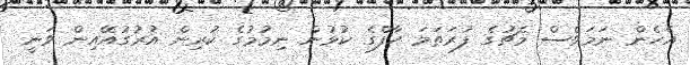
އެހެން ނަމަވެސް މެޗުގެ ފުރަތަމަ ހާފްގެ ކުޅުން ނިމުމުގެ ކުރިން އުރުގުއޭއިން ވަނީ